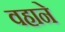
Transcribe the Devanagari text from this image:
वहाने